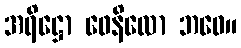
အရိဋ္ဌော ဖေနိလော ဘဝေ။